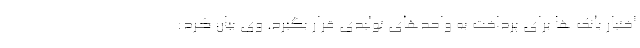
اختیار بانک ها برای پرداخت به واحدهای تولیدی قرار بگیرد. وی بیان کرد: